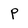
Character: P